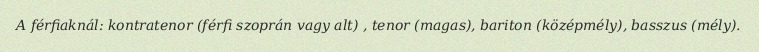
A férfiaknál: kontratenor (férfi szoprán vagy alt) , tenor (magas), bariton (középmély), basszus (mély).